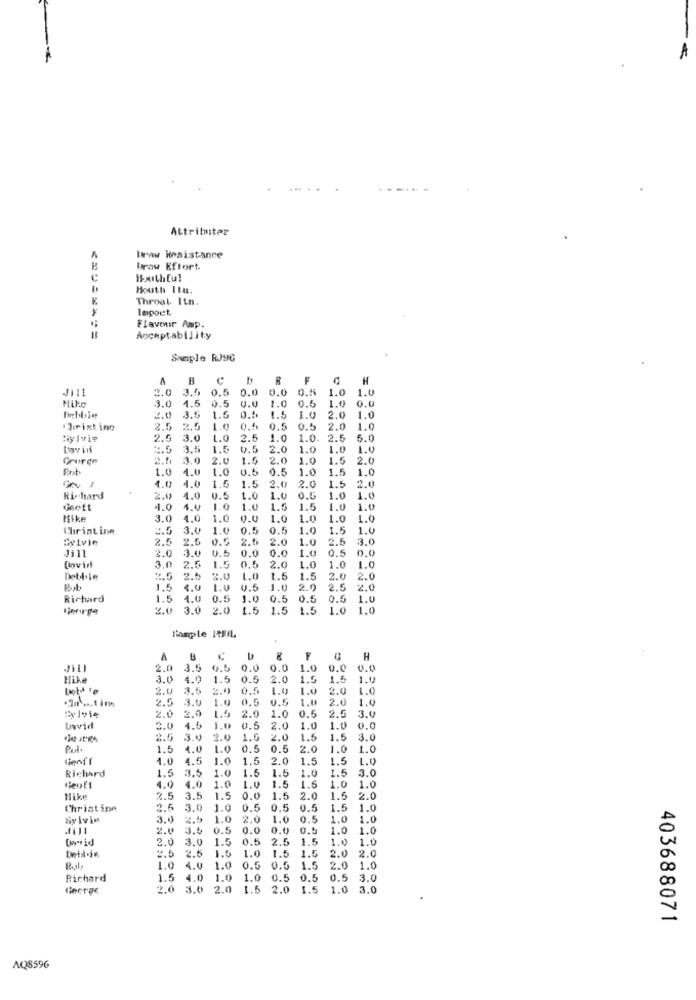
Attrilmiter
Draw Hesistance
B
Praw Effort
Houthful
Houth Itu.
K
Throat Itn.
legoet.
Flavour Amp.
Acceptability
Sample RJ9C
B
R
F
H
JI11
2.0 3.5 0.5 0.0
0.0
0.0 0.5
1.0
1.0
4.5
0.5
1.0
1.0
0.0
3.0
0.6
2.0
3.5
1.6
1.5
10
2.0
1.0
Trist inc
2.5 2.5
1.0
0.5
0.5 0.5
2.0
1.0
Sylvie
2.5 3.0
1.0
2.5 1.0
1.0
2.5
5.0
Lavid
:. 5 3.5
1.5
0.5 2.0
1.0
1.0
1.9
George
3.0
2.0
1.5
2.0
1.0
1.5
2.0
1.0
4.0
1.0
0.5
0.5
1.0
1.5 1.0
4.0
1.6
4.0
1.5
2.0
2.0 1.5
2.0
Richard
2.0
4.0
0.5
1.0
1.0
0.5
1.0
1.0
Geeft
4.0
1.0
1.0
1.5
1.5
1.0
Mike
3.0
4.0
1.0
9.0
1.0
1.0
1.0
1.0
Chrint ine
3.4
0.5
0.5
1.0
1.5
1.0
Gyivie
2.5 2.5 0.5 2.5 2.0
1.0
2.5
3.0
Jill
2.0 3.0 0.5 0.0
0.0
1.0
0.5
0.0
1.0
1.0
[hvir
3.0 2.5 1.5 0.5 2.0
0.5 2.0
1.0
Debl.le
2.5
2.5
2.0
1.0 1.5 1.5
2.0
2.0
But
1.5
0.5
1.0
2.0
2.5
2.0
Richard
1.5
1.0 0.5
1.0 0.5 0.5
0.5 1.0
3.0
3.0 2.0 1.5 1.5 1.5 1.0
1.5
1.0
1.0
Sample ItFIL
A
B
F
H
2.0 3.5
0.5
0.5 0.0
0 0.0 1.0 0.0
0.0
Hike
3.0
4.0
1.5 0.5
2.0 1.5 1.5
1.0
2.0
3.5
2.0
0.5
1.0
1.0
2.0
1.0
2.5
3.0
1.0
0.5
0.5
1.0
2.0
1.0
2.0
2.0
1.5
2.0
1.0
0.5 2.5 3.0
Lavid
2.0
4.5
1.0
0.5
2.0 1.0
1.0
0.0
2.5
3.0
2.0
1.6
2.0
1.5
1.5 3.0
Put.
1.5
4.0
1.0
0.5
0.5 2.0
1.0 1.0
1.0
4.5
1.0
1.5
2.0
1.5
1.5
L.9
Richard
1.5
3.5
1.0
1.5
1.5
3.0
1.5
1.0
1.0
4.0
4.0
1.0
1.0
1.5
1.5
1.0
Hike
2.5
3.5
1.5
0.0
1.5
2.0
1.5
2.0
Christina
2.5
3.0
1.0
0.5
0.5
0.5
1.5
1.0
zy lvin
3.0
2.5
1.0
2.0
1.0
0.5
1.0
1.0
2.0
3.5
0.5
0.0
0.0 0.5
1.0
1.0
2.0
3.0
1.5
0.5
2.5
1.5
1.0
1.0
2.5
1.5
1.0
2.0
2.0
1.5 1.5
1.0 4.0
1.0
0.5 0.5 1.5
2.0 1.0
Richard
1.5
4.0
1.0
1.0
0.5
0.5
0.5 3.0
2.0
3.0 2.0
1.5
2.0
1.5
1.0 3.0
403688071
AQ8596